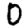
Digit: 0